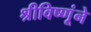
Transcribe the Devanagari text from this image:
श्रीविष्णूंने